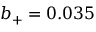
b _ { + } = 0 . 0 3 5